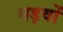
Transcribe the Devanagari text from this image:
भड़वों